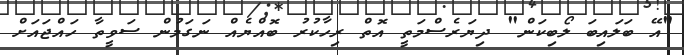
"އޭ ބަލައިބަ ލޯބިކަން" ދިޔަރެސްމަތީ އޮތް ރިހާކުރު ބޮއްޔެއް ނަގަމުން ސަވީތާ ހައްޖައަށް